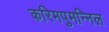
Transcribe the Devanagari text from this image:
करिमपुमन्निल